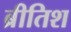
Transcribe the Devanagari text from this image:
ब्रीतिश